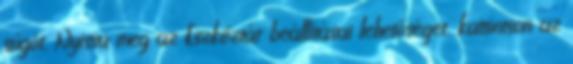
súgót. Nyissa meg az Eszköztár beállításai lehetőséget, kattintson az